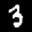
Label: 3